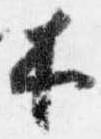
木